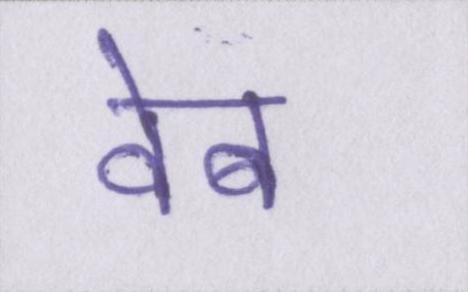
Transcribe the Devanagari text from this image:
वेब